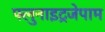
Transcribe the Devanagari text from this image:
फ्लुनाइट्रजेपाम